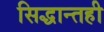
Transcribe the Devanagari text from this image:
सिद्धान्तही